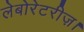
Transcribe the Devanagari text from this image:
लेबोरेटरीज़।